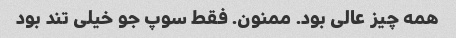
همه چیز عالی بود. ممنون. فقط سوپ جو خیلی تند بود